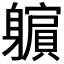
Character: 𲄮